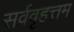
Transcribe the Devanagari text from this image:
सर्ववृहत्तम